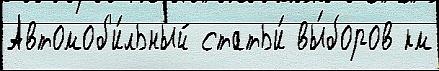
Автомоб'и́льный статьи́ вы́боров км